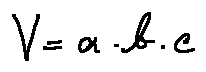
V = a \cdot b \cdot c